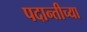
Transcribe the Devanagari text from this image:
पदान्तीच्या